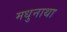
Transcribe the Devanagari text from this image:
मधुनाथा